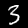
Digit: 3